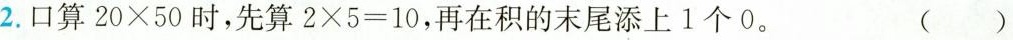
2. 口算$$20\times50$$时，先算$$2\times5=10$$，再在积的末尾添上1个0。（）